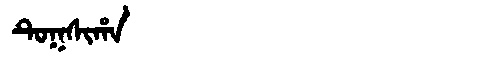
Manchu: ᡨᡠᡴᠰᡳᡥᠠ
Romanization: TUKSIHA